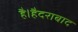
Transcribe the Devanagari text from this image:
है।हैदराबाद